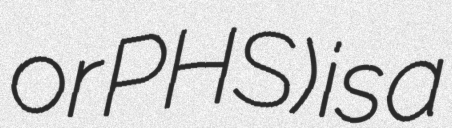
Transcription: or PHS) is a